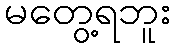
မတွေ့ရဘူး